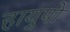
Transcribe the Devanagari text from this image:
हायुपो